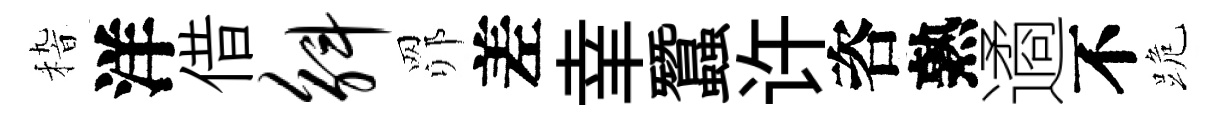
𥟵洋借斛𦊑差𦍒蠶许咨熟遹不跪